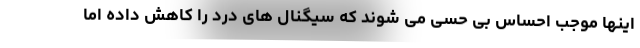
اینها موجب احساس بی حسی می شوند که سیگنال های درد را کاهش داده اما